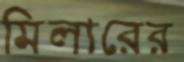
মিলারের